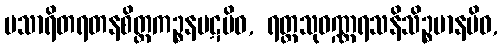
ပသာရိတရတနစိတ္တကဉ္စနပဋမိဝ, ရတ္တသုဝဏ္ဏရသနိသိဉ္စမာနမိဝ,